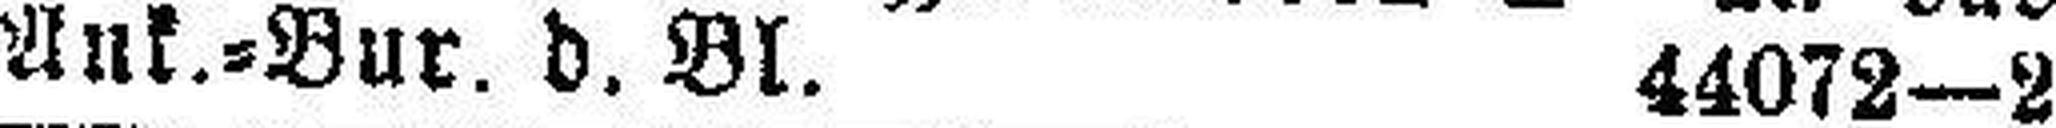
Ank.=Bur. d. Bl. 44072—2